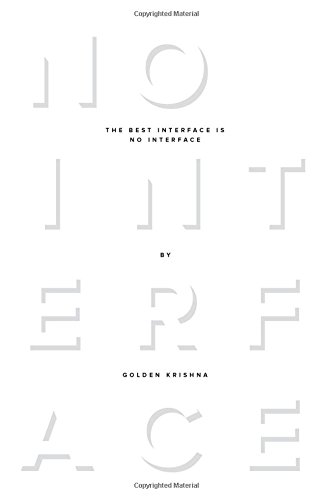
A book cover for The Best Interface Is No Interface: The simple path to brilliant technology (Voices That Matter); Golden Krishna; Computers & Technology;